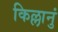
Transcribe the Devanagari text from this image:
किल्लानुं